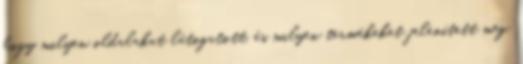
hogy milyen oldalakat látogatott, és milyen termékeket jelenített meg.